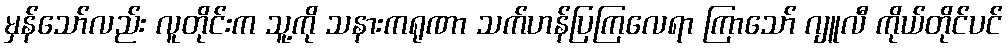
မှန်သော်လည်း လူတိုင်းက သူ့ကို သနားကရုဏာ သက်ဟန်ပြကြလေရာ ကြာသော် ဂျူလီ ကိုယ်တိုင်ပင်